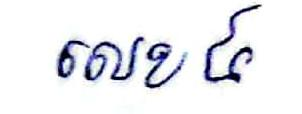
លេខ ៤